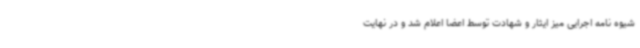
شیوه نامه اجرایی میز ایثار و شهادت توسط اعضا اعلام شد و در نهایت